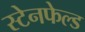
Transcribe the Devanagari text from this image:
स्टेनफेल्ड